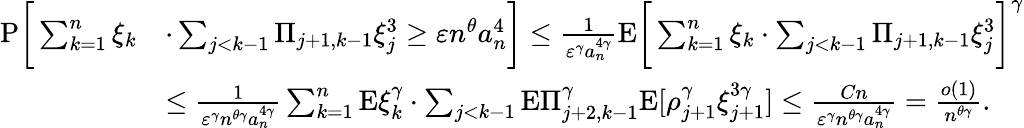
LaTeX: \begin{array}{rl}{\mathrm{P}\bigg[\sum_{k=1}^{n}\xi_{k}}&{\cdot\sum_{j<k-1}\Pi_{j+1,k-1}\xi_{j}^{3}\ge\varepsilon n^{\theta}{a_{n}^{4}}\bigg]\le\frac{1}{\varepsilon^{\gamma}a_{n}^{4\gamma}}\mathrm{E}\bigg[\sum_{k=1}^{n}\xi_{k}\cdot\sum_{j<k-1}\Pi_{j+1,k-1}\xi_{j}^{3}\bigg]^{\gamma}}\\ &{\le\frac{1}{\varepsilon^{\gamma}n^{\theta\gamma}a_{n}^{4\gamma}}\sum_{k=1}^{n}\mathrm{E}\xi_{k}^{\gamma}\cdot\sum_{j<k-1}\mathrm{E}\Pi_{j+2,k-1}^{\gamma}\mathrm{E}[\rho_{j+1}^{\gamma}\xi_{j+1}^{3\gamma}]\le\frac{Cn}{\varepsilon^{\gamma}n^{\theta\gamma}a_{n}^{4\gamma}}=\frac{o(1)}{n^{\theta\gamma}}.}\end{array}